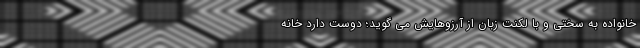
خانواده به سختی و با لکنت زبان از آرزوهایش می گوید؛ دوست دارد خانه